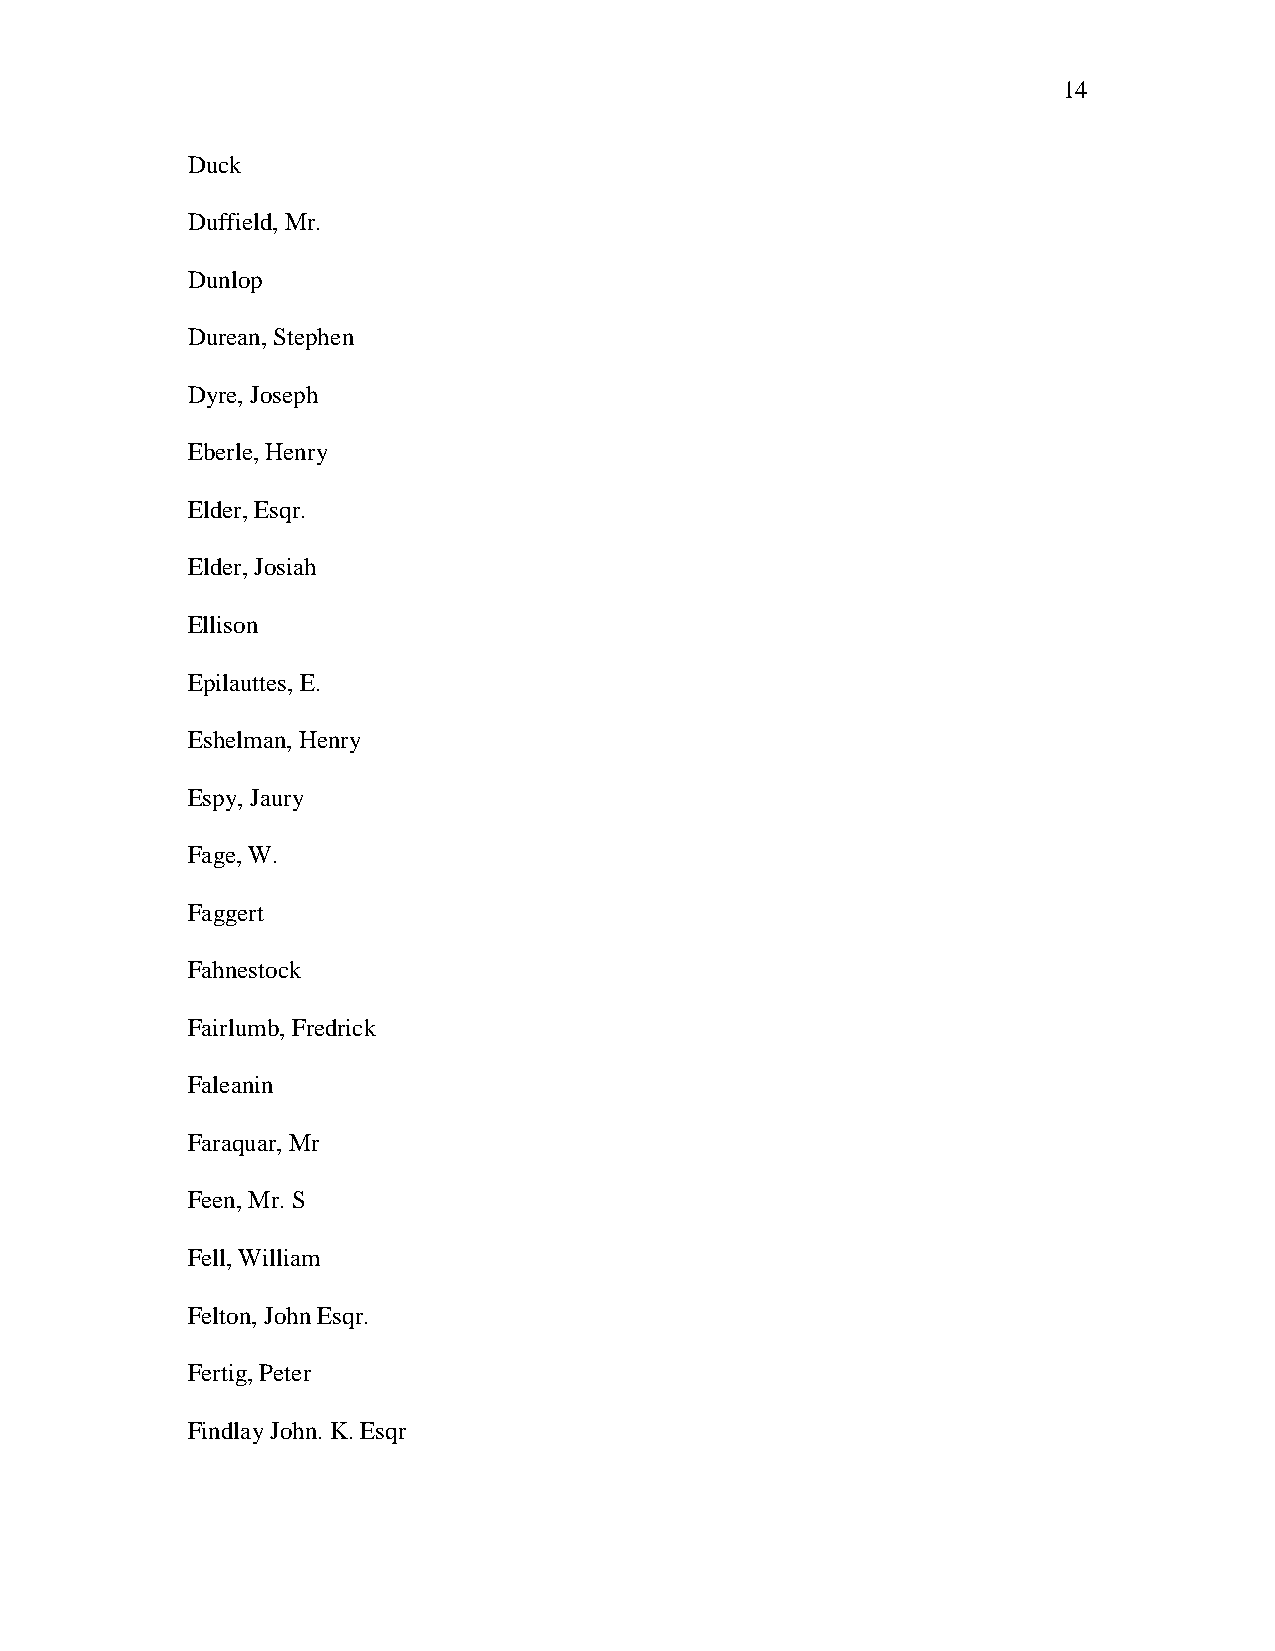
14
 Duck
 Duffield, Mr.
 Dunlop
 Durean, Stephen
 Dyre, Joseph
 Eberle, Henry
 Elder, Esqr.
 Elder, Josiah
 Ellison
 Epilauttes, E.
 Eshelman, Henry
 Espy, Jaury
 Fage, W.
 Faggert
 Fahnestock
 Fairlumb, Fredrick
 Faleanin
 Faraquar, Mr
 Feen, Mr. S
 Fell, William
 Felton, John Esqr.
 Fertig, Peter
 Findlay John. K. Esqr